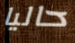
حاليا